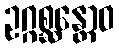
ဥဂ္ဂစ္ဆန္တောဝ